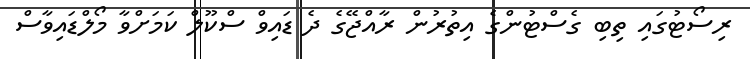
ރިސޯޓުގައި ތިިބި ގެސްޓުންގެ އިތުރުން ރާއްޖޭގެ ދެ ޑައިވް ސްކޫލް ކަމަށްވާ މޯލްޑައިވާސް